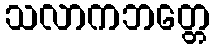
သလာကဘတ္တေ